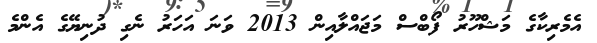
އެމެރިކާގެ މަޝްހޫރު ފޯބްސް މަޖައްލާއިން 2013 ވަނަ އަހަރު ނެގި ދުނިޔޭގެ އެންމެ